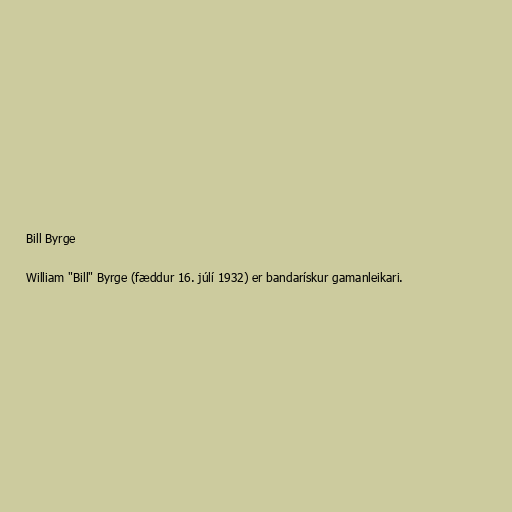
Bill Byrge

William "Bill" Byrge (fæddur 16. júlí 1932) er bandarískur gamanleikari.